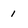
Character: 1